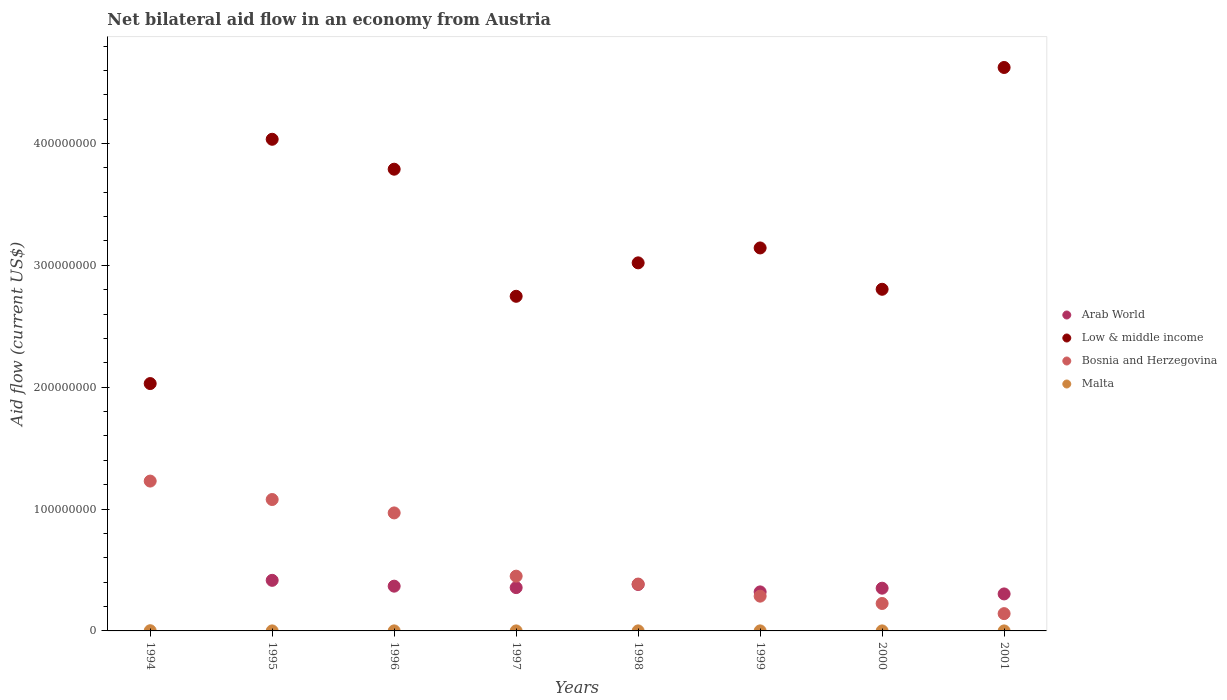
| Years | Arab World | Low & middle income | Bosnia and Herzegovina | Malta |
 | --- | --- | --- | --- | --- |
 | 1994 | -4.49e+07 | 2.03e+08 | 1.23e+08 | 1.6e+05 |
 | 1995 | 4.15e+07 | 4.03e+08 | 1.08e+08 | 2e+04 |
 | 1996 | 3.67e+07 | 3.79e+08 | 9.68e+07 | 4e+04 |
 | 1997 | 3.56e+07 | 2.75e+08 | 4.49e+07 | 2e+04 |
 | 1998 | 3.81e+07 | 3.02e+08 | 3.85e+07 | 3e+04 |
 | 1999 | 3.2e+07 | 3.14e+08 | 2.85e+07 | 3e+04 |
 | 2000 | 3.51e+07 | 2.8e+08 | 2.25e+07 | 2e+04 |
 | 2001 | 3.04e+07 | 4.62e+08 | 1.42e+07 | 1e+04 |